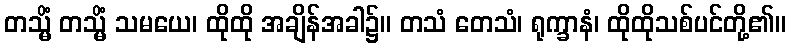
တသ္မိံ တသ္မိံ သမယေ၊ ထိုထို အချိန်အခါ၌။ တသံ တေသံ၊ ရုက္ခာနံ၊ ထိုထိုသစ်ပင်တို့၏။